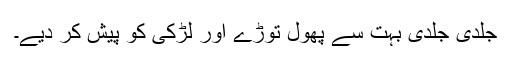
جلدی جلدی بہت سے پھول توڑے اور لڑکی کو پیش کر دیے۔